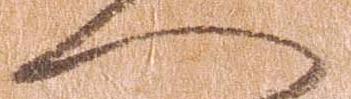
へ